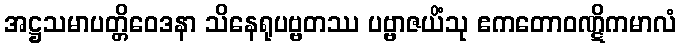
အဋ္ဌသမာပတ္တိဝေဒနာ သိနေရုပဗ္ဗတဿ ပဗ္ဗာဇယိံသု ဧကတောဝဏ္ဋိကမာလံ